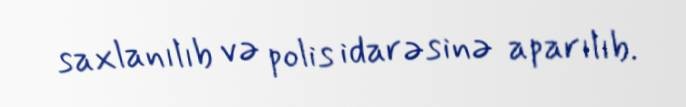
saxlanılıb və polis idarəsinə aparılıb.